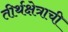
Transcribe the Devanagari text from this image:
तीर्थक्षेत्राची